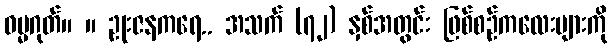
ဓမ္မဂုတ်။ ။ ဥုးဇနကရေ.. အသက် (၇၂) နှစ်အတွင်း ဖြစ်စဉ်ကလေးများကို